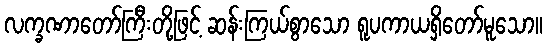
လက္ခဏာတော်ကြီးတို့ဖြင့် ဆန်းကြယ်စွာသော ရူပကာယရှိတော်မူသော။